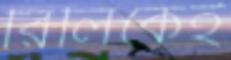
রিলিকেই